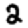
Digit: 2